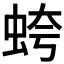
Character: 𧊘